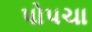
પોપચા